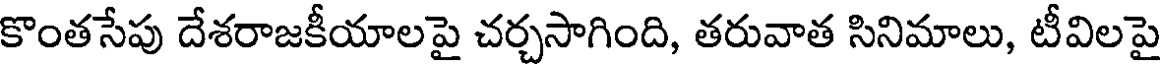
కొంతసేపు దేశరాజకీయాలపై చర్చసాగింది, తరువాత సినిమాలు, టీవిలపై